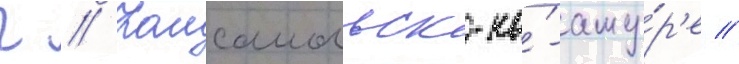
г // Комсомольск-на́-аму́р'е //